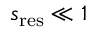
s _ { \mathrm { r e s } } \ll 1